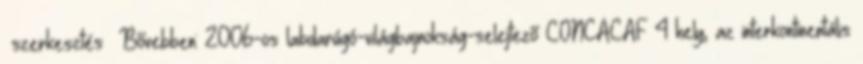
szerkesztés Bővebben: 2006-os labdarúgó-világbajnokság-selejtező CONCACAF 4 hely, az interkontinentális